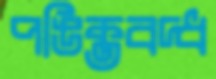
পঙিক্তবদ্ধ